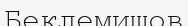
Беклемишов